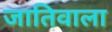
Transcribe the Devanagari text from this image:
जातिवाला